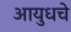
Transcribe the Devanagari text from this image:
आयुधचे